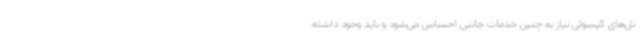
تل‌های کپسولی نیاز به چنین خدمات جانبی احساس می‌شود و باید وجود داشته